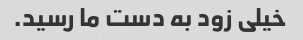
خیلی زود به دست ما رسید.